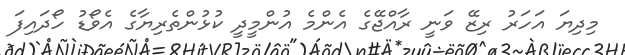
މިދިޔަ އަހަރު ރިޒޭ ވަނީ ރާއްޖޭގެ އެންމެ އުންމީދީ ކުޅުންތެރިޔާގެ އެވޯޑު ހޯދައިފަ